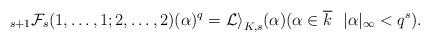
LaTeX: \begin{align*}_{s+1}\mathcal{F}_s(1, \ldots, 1;2, \ldots, 2)(\alpha)^q=\mathcal{Li}_{K,s}(\alpha)(\alpha\in\overline{k}\ \ |\alpha|_{\infty}<q^s).\end{align*}